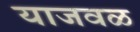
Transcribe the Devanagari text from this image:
याजवळ